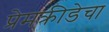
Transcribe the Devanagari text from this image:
प्रेमक्रीडेचा